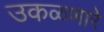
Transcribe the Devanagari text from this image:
उकळणारे